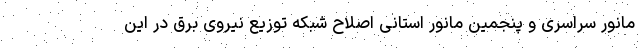
مانور سراسری و پنجمین مانور استانی اصلاح شبکه توزیع نیروی برق در این